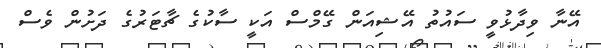
އޭނާ ވިދާޅުވީ ސައުތު އޭޝިއަން ގޭމްސް އަކީ ސާކުގެ ޗާޓަރުގެ ދަށުން ވެސް